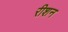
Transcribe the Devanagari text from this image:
रीशन